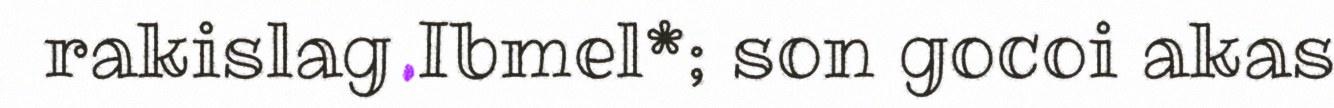
rakislag Ibmel*; son gocoi akas